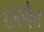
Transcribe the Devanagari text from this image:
रानम्हैस